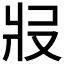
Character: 𤕱